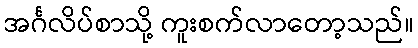
အင်္ဂလိပ်စာသို့ ကူးစက်လာတော့သည်။